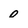
Character: 0